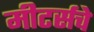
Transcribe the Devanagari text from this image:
मीटर्सचे